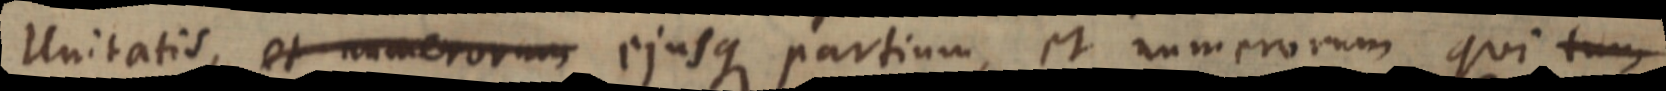
Unitatis, et numerorum ejusque partium, et numerorum qui tum